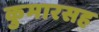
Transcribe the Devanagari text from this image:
कुमारसह